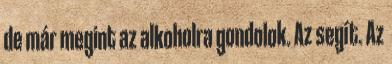
de már megint az alkoholra gondolok. Az segít. Az